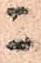
ニ